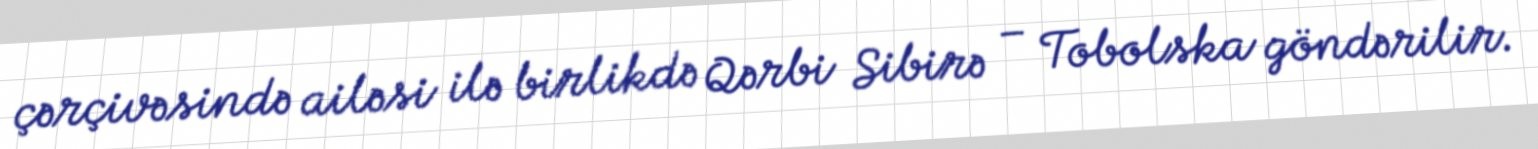
çərçivəsində ailəsi ilə birlikdə Qərbi Sibirə – Tobolska göndərilir.